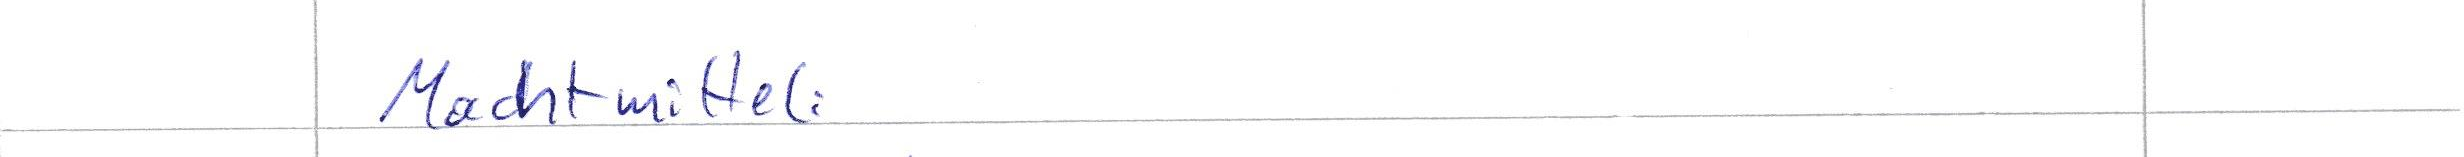
Machtmittel: